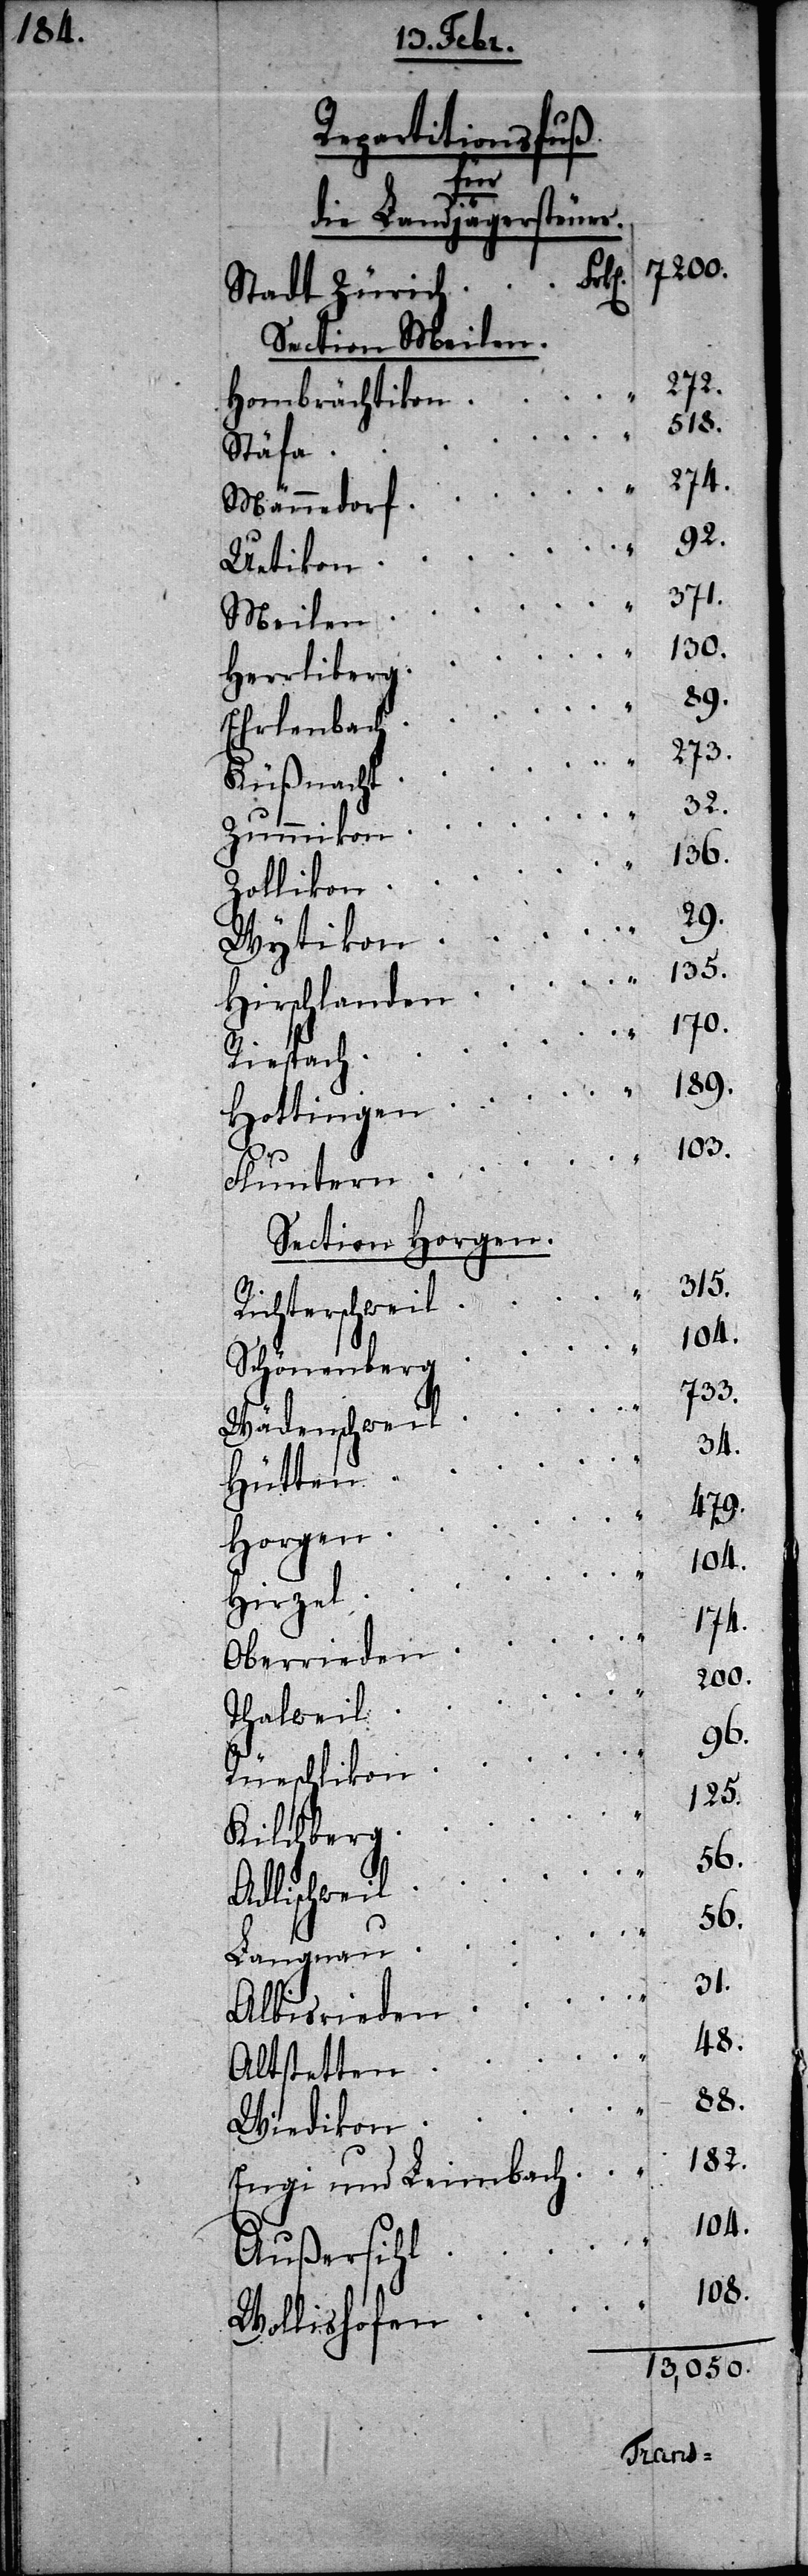
Repartitonsfuß
tern
die Landjägersteuer.
7200.
Section Meilen.
273.
Hombrächtikon
315.
Stäfa
274.
Männedorf
130.
Herrliberg
29.
Hirsc¬
Ehrlenbach
Küßnacht
136.
Zollikon
Section Horgen.
Schöenenberg
733.
Riespach
Wädenschweil
34.
“
Hütten
479.
“
Horgen
Hirzel
174.
Oberrieden
200.
Thalweil
96.
Rüschlikon
125.
Kilchberg
Adlischweil
56.
Langnau
31.
Albisrieden
48.
Altstetten
88.
Wiedikon
182.
Engi und Leimbach
104.
Außersihl
108.
Wollishofen
13,050